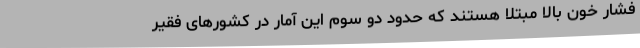
فشار خون بالا مبتلا هستند که حدود دو سوم این آمار در کشورهای فقیر